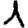
Digit: 1